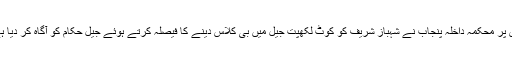
جس پر محکمہ داخلہ پنجاب نے شہباز شریف کو کوٹ لکھپت جیل میں بی کلاس دینے کا فیصلہ کرتے ہوئے جیل حکام کو آگاہ کر دیا ہے ۔